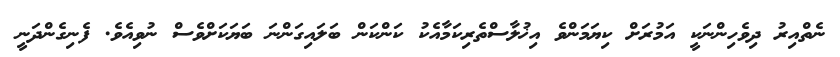
ނެތްއިރު ދިވެހިންނަކީ އަމުރަށް ކިޔަމަންވެ އިޚުލާސްތެރިކަމާއެކު ކަންކަން ބަލައިގަންނަ ބަޔަކަށްވެސް ނުވިއެވެ. ފެނިގެންދަނީ